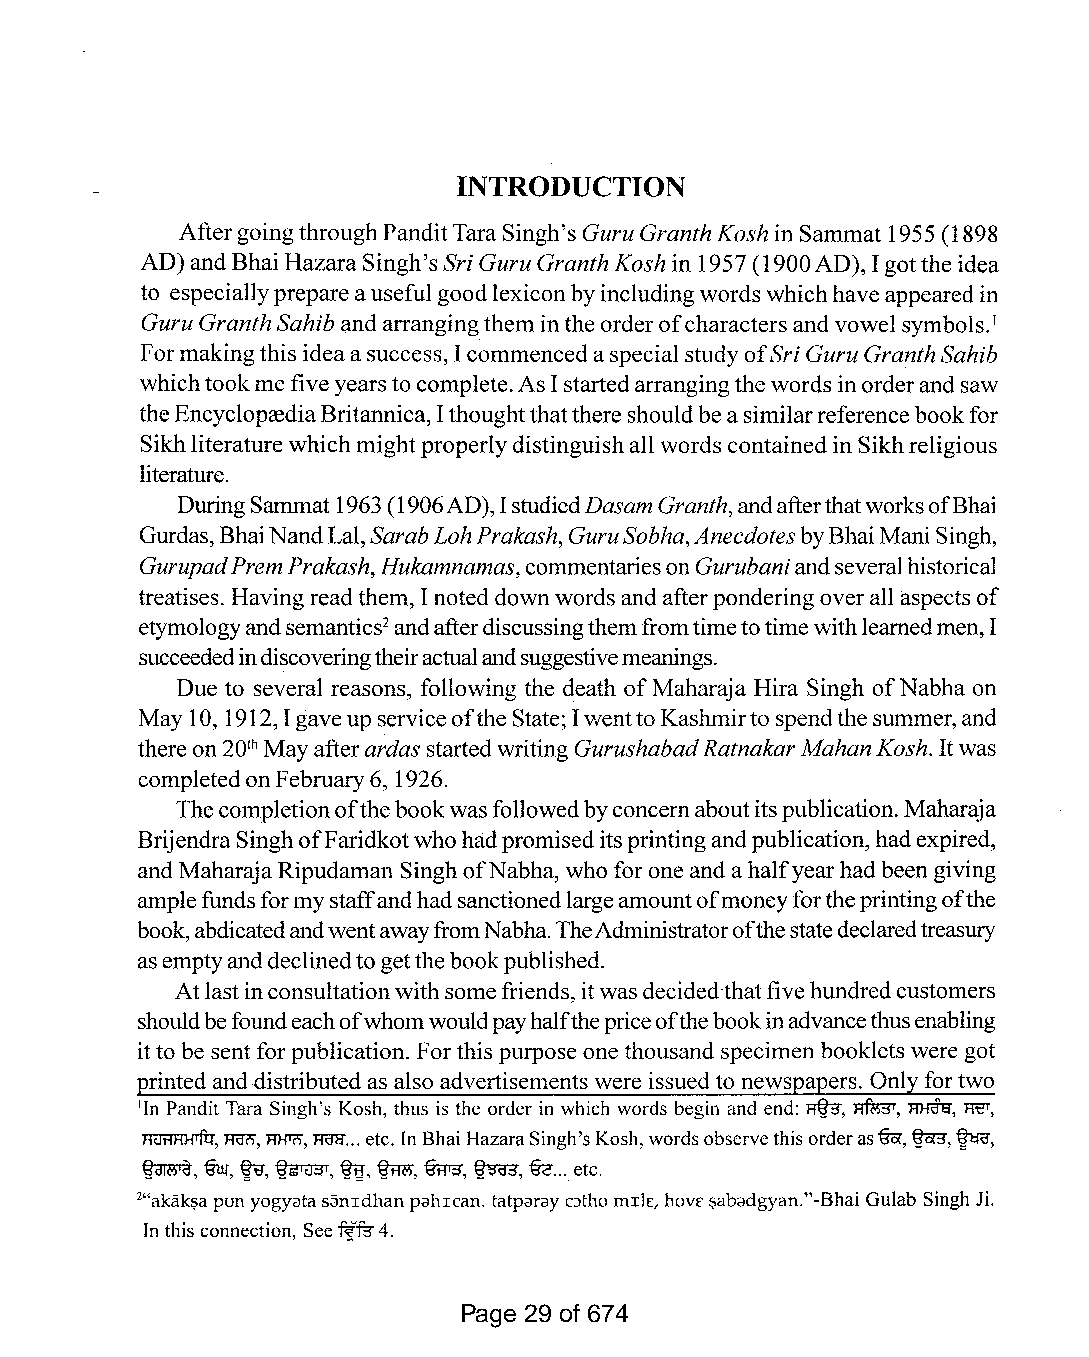
INTRODUCTION
 AftergoingthroughPanditTaraSingh'sGuruGranthKosh inSammat 1955 (1898
 AD) and BhaiHazara Singh'sSri GuruGranthKosh in 1957(1900AD), Igotthe idea
 to especiallyprepareausefulgoodlexiconbyincludingwords whichhaveappearedin
 GuruGranthSahib andarrangingthemintheorderofcharactersandvowel symbols.
 I
 Formakingthis ideaa success, Icommencedaspecial studyofSri GuruGranthSahib
 whichtookme five yearsto complete.AsIstartedarrangingthe words inorderandsaw
 theEncycloprediaBritannica,Ithoughtthatthereshouldbeasimilarreference bookfor
 Sikhliteraturewhichmightproperlydistinguishall words containedinSikhreligious
 literature.
 DuringSammat1963(1906AD),IstudiedDasamGranth,andafterthatworksofBhai
 Gurdas,BhaiNandLal,SarabLohPrakash,GuruSobha,AnecdotesbyBhaiMani Singh,
 GurupadPremPrakash,Hukamnamas, commentariesonGurubaniandseveralhistorical
 treatises. Having read them, Inoted downwords and afterponderingoverall aspects of
 etymologyandsemantics2andafterdiscussingthemfromtimetotimewithlearnedmen,I
 succeededindiscoveringtheiractualandsuggestivemeanings.
 Due to several reasons, following the death ofMaharaja Hira Singh ofNabha on
 May 10, 1912,Igaveupserviceofthe State;IwenttoKashmirto spendthesummer,and
 thereon20th Mayafterardas started writing GurushabadRatnakarMahan Kosh. Itwas
 completedonFebruary6, 1926.
 Thecompletionofthebookwasfollowedbyconcernaboutitspublication.Maharaja
 BrijendraSinghofFaridkotwho hadpromiseditsprintingandpublication,hadexpired,
 and MaharajaRipudaman SinghofNabha, who for oneand a halfyear hadbeengiving
 amplefunds formystaffandhadsanctionedlargeamountofmoneyfortheprintingofthe
 book,abdicatedandwentawayfromNabha.TheAdministratorofthestatedeclaredtreasury
 asemptyanddeclinedto getthebookpublished.
 Atlastinconsultationwithsomefriends, itwasdecidedthatfive hundredcustomers
 shouldbefoundeachofwhomwouldpayhalfthepriceofthebookinadvancethusenabling
 itto be sent for publication. Forthis purpose one thousand specimen booklets were got
 printed anddistributed as also advertisements were issuedto newspapers. Onlyfor two
 lIn Pandit Tara Singh's Kosh, thus is the order in which words begin and end: $, 'Fl'fu3r, ~, FfeT,
 Fl<Ji'IFlHlfi:r,mo,RJ-!17),FRrll...etc. In Bhai HazaraSingh'sKosh,wordsobservethisorderasBa-,~,~,
 ~,   Bur, ~, ~, ~, ~, fu:rr3', ~, c€ oo. etc.
 2"akaki;;apun yogyatasanIdhan pahIcan. tatparayCJthomIlE, hOVE$abadgyan."-Bhai Gulab Singh Ji.
 In this connection, Seef{fu4.
 Page 29 of 674